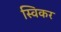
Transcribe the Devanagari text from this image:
स्विकर